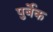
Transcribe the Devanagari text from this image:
पुर्बेक